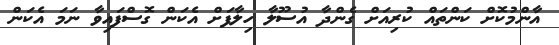
އާންމުކޮށް ކަންތައް ކުރިއަށް ގެންދާ އުސޫލާ ހިލާފަށް އެކަން ގޮސްފައިވާ ނަމަ އެކަން